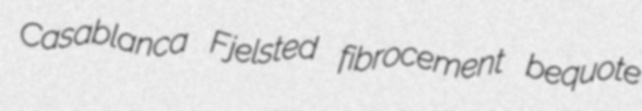
Casablanca Fjelsted fibrocement bequote